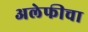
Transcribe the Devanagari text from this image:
अलेफीचा